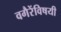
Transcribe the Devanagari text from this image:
वगैरेंविषयी